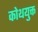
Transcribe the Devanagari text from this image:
कोथयुक्त